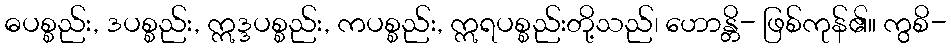
ဓပစ္စည်း, ဒပစ္စည်း, ဣဒ္ဒပစ္စည်း, ကပစ္စည်း, ဣရပစ္စည်းတို့သည်၊ ဟောန္တိ- ဖြစ်ကုန်၏။ ကွစိ-